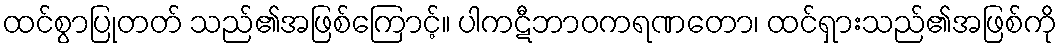
ထင်စွာပြုတတ် သည်၏အဖြစ်ကြောင့်။ ပါကဋီဘာဝကရဏတော၊ ထင်ရှားသည်၏အဖြစ်ကို